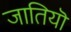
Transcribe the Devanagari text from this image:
जातियॊ